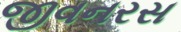
જીવનરસ